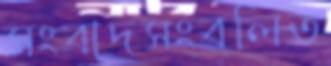
সংবাদসংবলিত